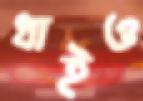
ধাইও